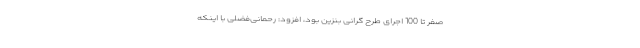
صفر تا 100 اجرای طرح گرانی بنزین بود، افزود: رحمانی‌فضلی با اینکه